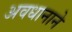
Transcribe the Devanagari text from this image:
अवधानाने